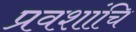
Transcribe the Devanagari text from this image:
प्रवशांचि